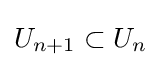
U_{n+1}\subset U_{n}